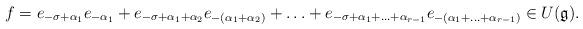
LaTeX: \begin{align*}f = e_{-\sigma + \alpha_1} e_{-\alpha_1} + e_{-\sigma + \alpha_1 + \alpha_2} e_{-(\alpha_1 + \alpha_2)} + \ldots + e_{-\sigma + \alpha_1 + \ldots + \alpha_{r-1}} e_{-(\alpha_1 + \ldots + \alpha_{r-1})} \in U(\mathfrak g).\end{align*}